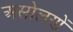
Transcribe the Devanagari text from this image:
असोलणें